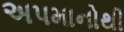
અપમાનોથી